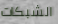
الشبكات